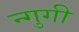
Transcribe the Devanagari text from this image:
न्गुगी